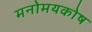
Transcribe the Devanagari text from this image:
मनोमयकोष